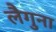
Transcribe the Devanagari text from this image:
लैगुना